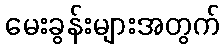
မေးခွန်းများအတွက်